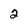
Character: 2